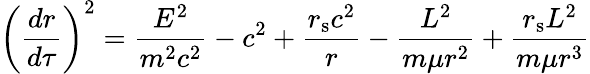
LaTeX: \left({\frac{dr}{d\tau}}\right)^{2}={\frac{E^{2}}{m^{2}c^{2}}}-c^{2}+{\frac{r_{\mathrm{{s}}}c^{2}}{r}}-{\frac{L^{2}}{m\mu r^{2}}}+{\frac{r_{\mathrm{{s}}}L^{2}}{m\mu r^{3}}}